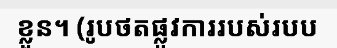
ខ្លួន។ (រូបថតផ្លូវការរបស់របប